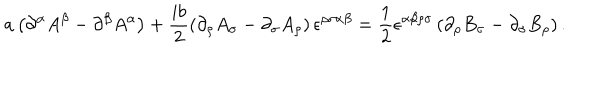
LaTeX: a \left( \partial ^ { \alpha } A ^ { \beta } - \partial ^ { \beta } A ^ { \alpha } \right) + \frac { i b } { 2 } \left( \partial _ { \rho } A _ { \sigma } - \partial _ { \sigma } A _ { \rho } \right) \epsilon ^ { \rho \sigma \alpha \beta } = \frac { 1 } { 2 } \epsilon ^ { \alpha \beta \rho \sigma } \left( \partial _ { \rho } B _ { \sigma } - \partial _ { \sigma } B _ { \rho } \right) .